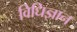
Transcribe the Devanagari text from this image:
विधिज्ञान